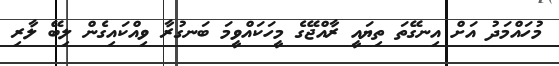
މުހައްމަދު އަށް އިނގޭތަ ތިޔައީ ރާއްޖޭގެ މީހަކައްވީމަ ބަނގުރާ ވިއްކައިގެން ލިބޭ ލާރި